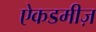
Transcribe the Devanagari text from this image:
ऐकडमीज़